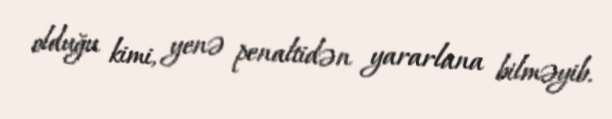
olduğu kimi, yenə penaltidən yararlana bilməyib.